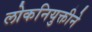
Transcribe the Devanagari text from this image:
लोकनियुक्तीने